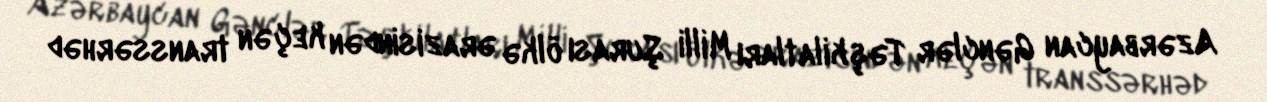
Azərbaycan Gənclər Təşkilatları Milli Şurası ölkə ərazisindən keçən transsərhəd